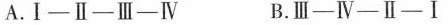
A.Ⅰ-Ⅱ-Ⅲ-Ⅳ B.Ⅲ-Ⅳ-Ⅱ-Ⅰ